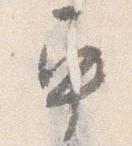
車